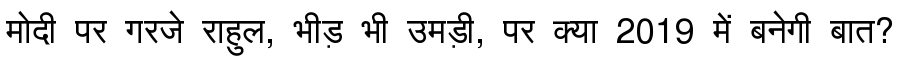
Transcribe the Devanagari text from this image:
मोदी पर गरजे राहुल, भीड़ भी उमड़ी, पर क्या 2019 में बनेगी बात?